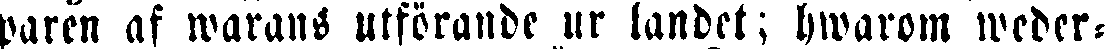
paren af warans utförande ur landet; hwarom weder-